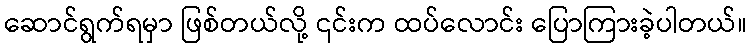
ဆောင်ရွက်ရမှာ ဖြစ်တယ်လို့ ၎င်းက ထပ်လောင်း ပြောကြားခဲ့ပါတယ်။